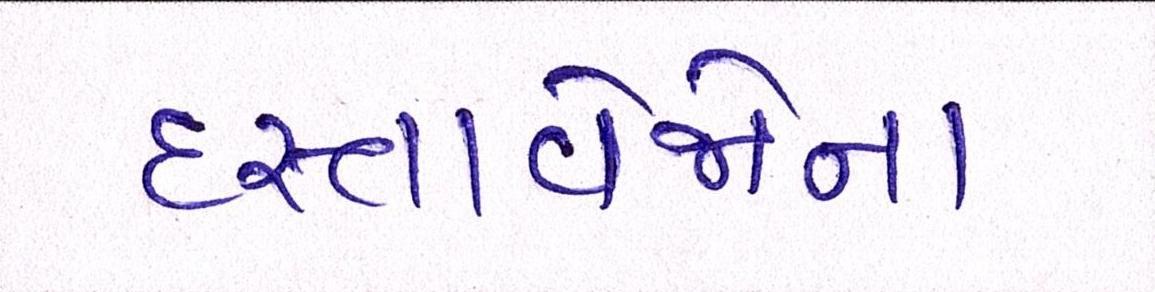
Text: દસ્તાવેજોના